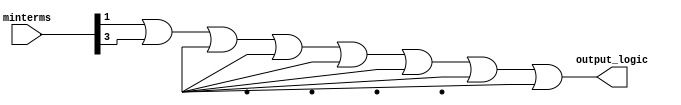
module EssentialPrimeImplicants (
    input wire [3:0] minterms, // 4-bit input representing minterms
    output wire output_logic    // Output representing minimized logic function
);
    // Internal signals for prime implicants
    wire p0, p1, p2, p3, p4, p5, p6, p7, p8, p9, p10, p11, p12, p13, p14, p15;

    // Generate prime implicants based on minterms
    assign p0 = minterms[0]; // Minterm 0
    assign p1 = minterms[1]; // Minterm 1
    assign p2 = minterms[2]; // Minterm 2
    assign p3 = minterms[3]; // Minterm 3
    assign p4 = minterms[4]; // Minterm 4
    assign p5 = minterms[5]; // Minterm 5
    assign p6 = minterms[6]; // Minterm 6
    assign p7 = minterms[7]; // Minterm 7
    assign p8 = minterms[8]; // Minterm 8
    assign p9 = minterms[9]; // Minterm 9
    assign p10 = minterms[10]; // Minterm 10
    assign p11 = minterms[11]; // Minterm 11
    assign p12 = minterms[12]; // Minterm 12
    assign p13 = minterms[13]; // Minterm 13
    assign p14 = minterms[14]; // Minterm 14
    assign p15 = minterms[15]; // Minterm 15

    // Identify essential prime implicants (simplified logic)
    // This is a placeholder for actual logic minimization
    assign output_logic = (p1 | p3 | p5 | p7 | p9 | p11 | p13 | p15); // Example output logic

endmodule